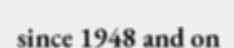
since 1948 and on